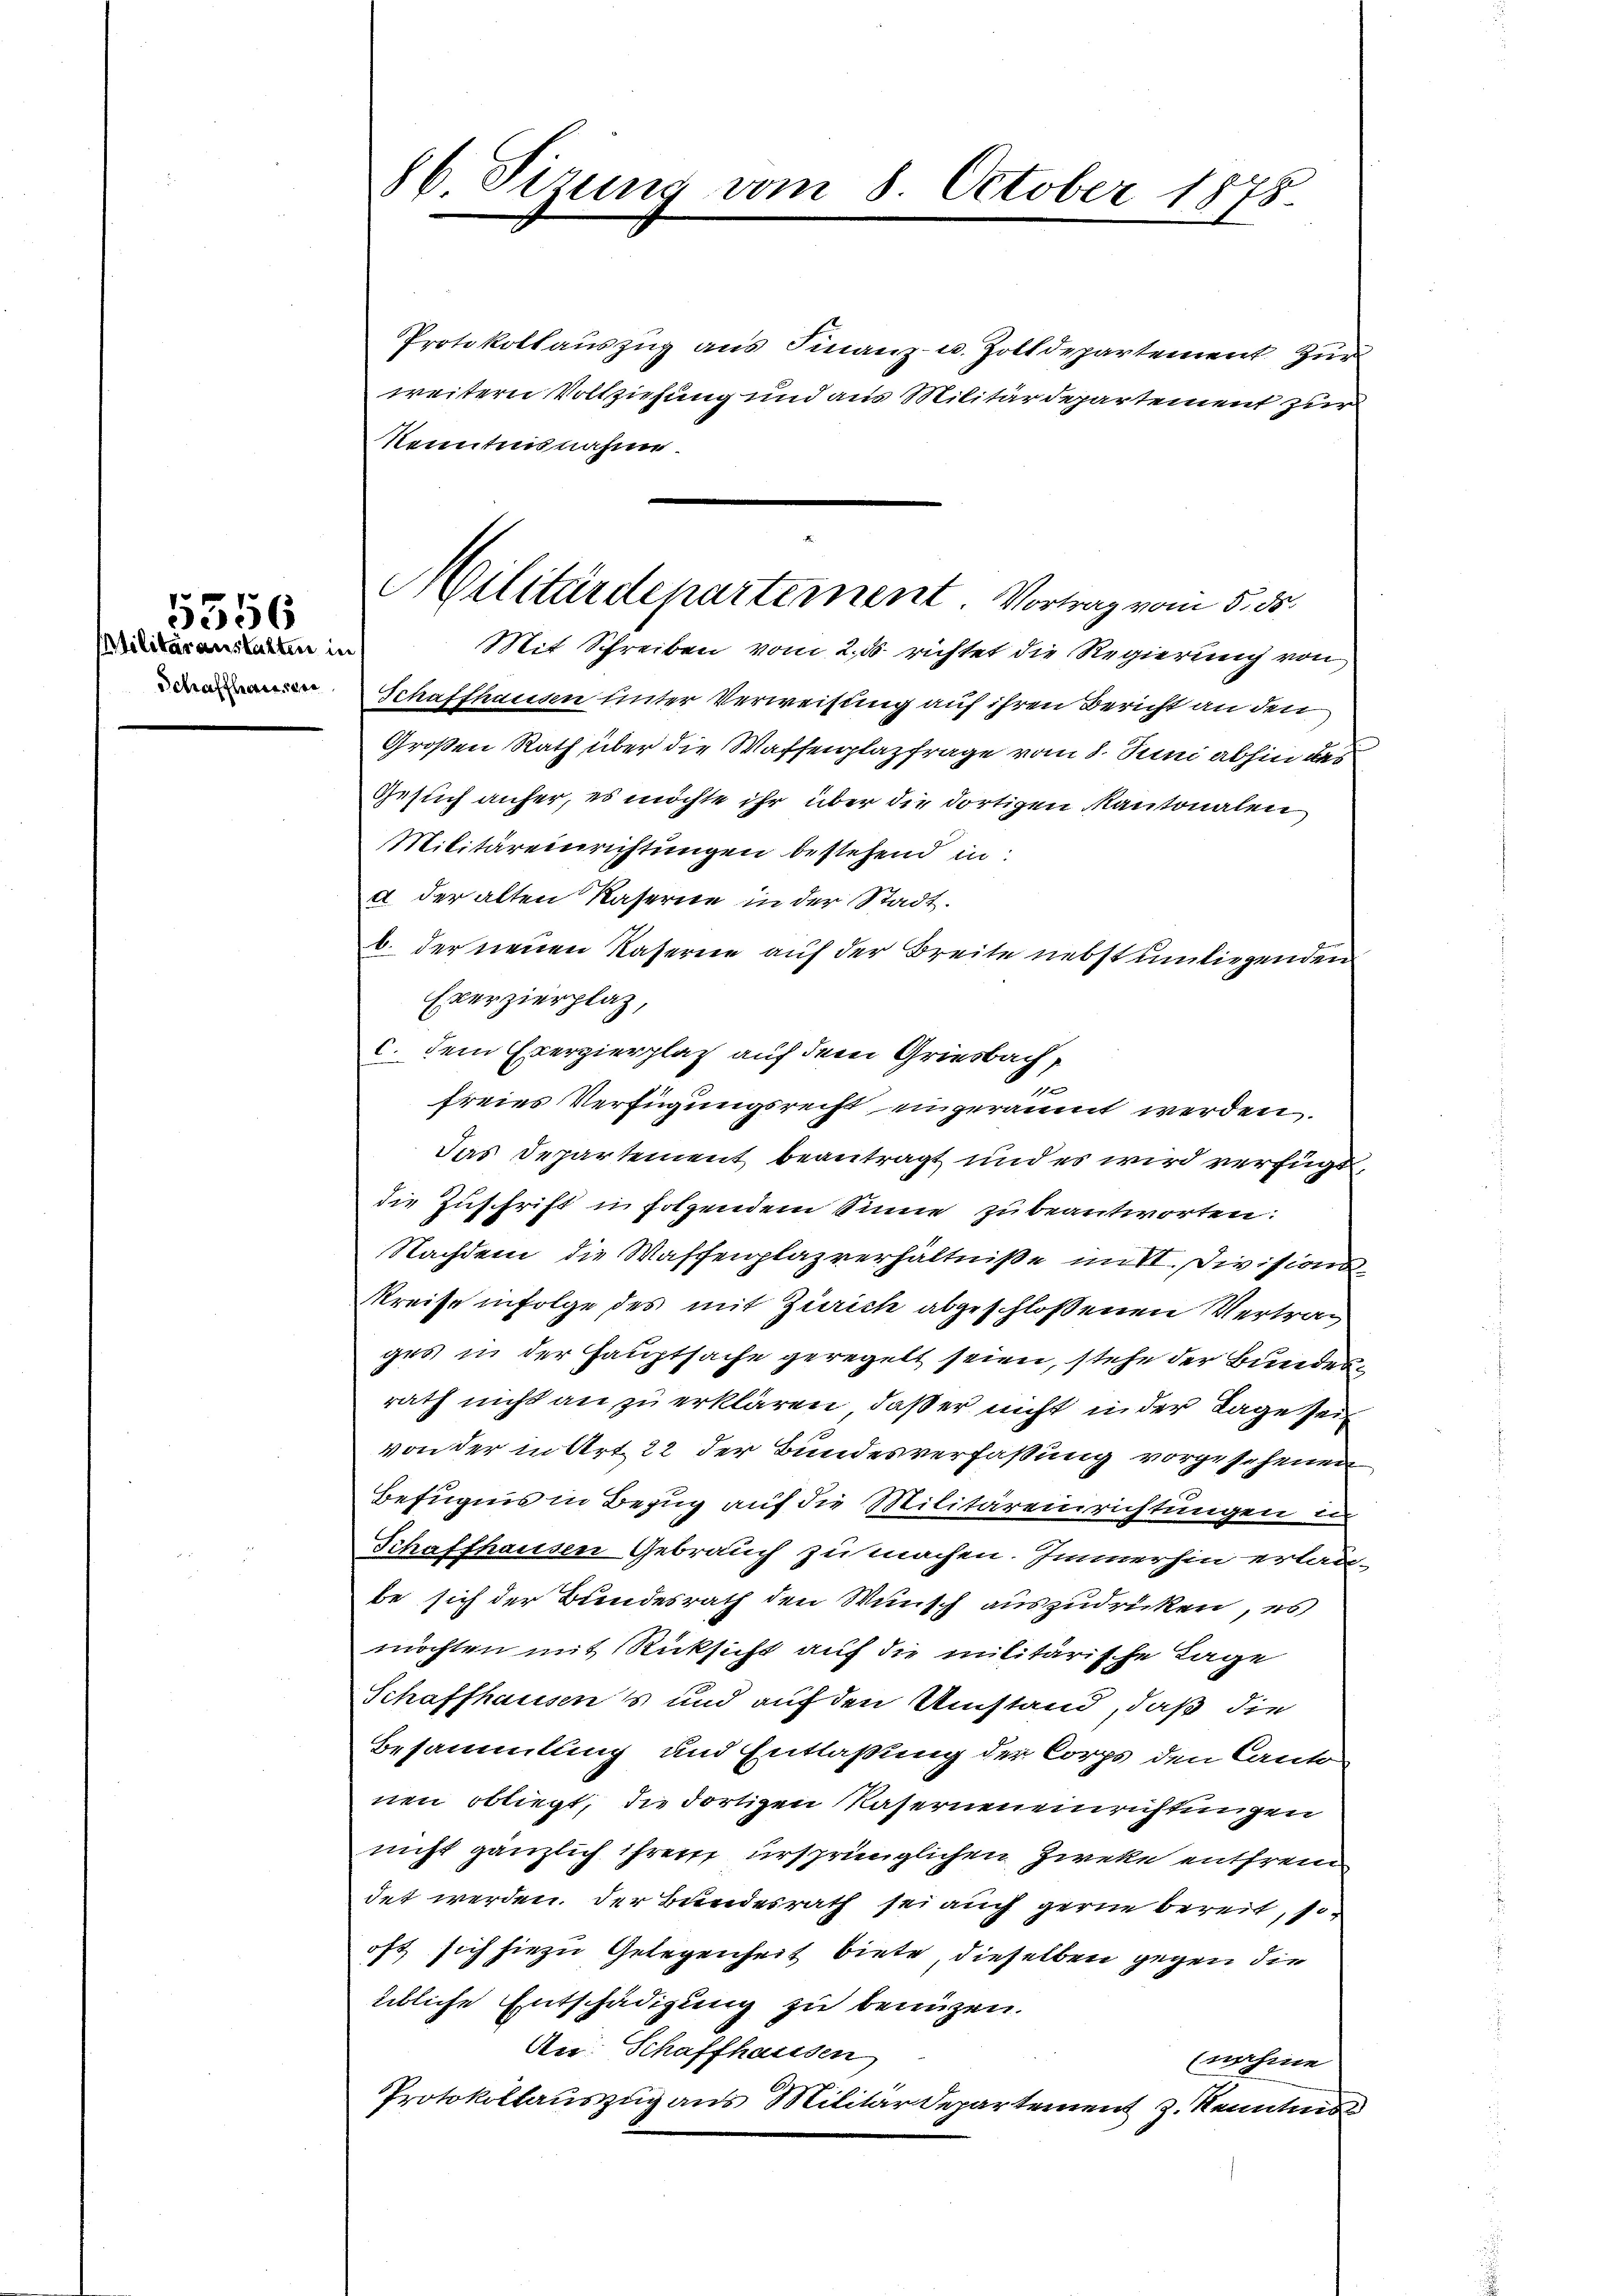
Militäranstatten in
Schaffteressen

5356

86. Sizung vom 8. October 1878.

Protokollauszug aus Finanz- u. Zolldepartement zur
weitern Vollziehung und aus Militärdepartement zur
Kenntnis nahme
Schaffhausen unter Verweisung auf ihren Bericht an den
Großen Rath über die Waffenplazfrage vom 8. Juni abhin das
Gesuch anfer, es möchte ihr über die dortigen Kantonalen
Militäreinrichtungen bestehend in
d der alten Kaserne in der Stadt.
b. der neuen Kaserein auf der Breite nebst umliegenden
Exerzierplaz,
c. dem Exerzierplatz auf dem Griesbach,
u
freies Verfügungsrecht eingeräumt werden.
das Departement beantragt und es wird verfügt,
die Zuschrift in folgendem Sinne zu beantworten.
Nachdem die Waffenplazverhältniße mit I. Divisions
Kreise infolge des mit Zürich abgeschlossenen Vertrag
ges in der Hauptsache geregelt seien, stehe der Bundesrath nicht an zu erklären, daß er nicht in der Tage sei
von der in Art. 22 der Bundesverfassung vorgesehenen
Befugnis in Bezug auf die Militäreinrichtungen u.
Schaffhausen Gebrauch zu machen. Immerhin erlau-
be sich der Bundesrath den Wunsch auszudrüken, es
möchten mit Rücksicht auf die militärische Lage
Schaffhausens und auf den Umstand, daß die
Besammlung und Entlaßung der Corps den Canto
nen obliegt, die dortigen Naserneueinrichtungen
nicht gänzlich ihrem ursprünglichen Zweke entfrem
det werden. Der Bundesrath sei auch gerne bereit, sooft sich hiezu Gelegenheit biete, dieselben gegen die
übliche Entschädigung zu benuzen.
An: Schaffhaussen
nahme
Protokollauszug aus Militar Departement z. Kenntnis

Militärdepartement. Vortrag vom 5. ds.
Mit Schreiben vom 2. ds richtet die Regierung von